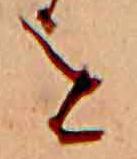
を